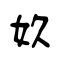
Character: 奺